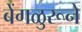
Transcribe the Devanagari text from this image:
बेंगळुरूने